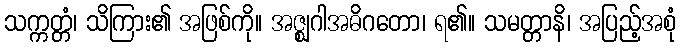
သက္ကတ္တံ၊ သိကြား၏ အဖြစ်ကို။ အဇ္ဈဂါအဓိဂတော၊ ရ၏။ သမတ္တာနိ၊ အပြည့်အစုံ